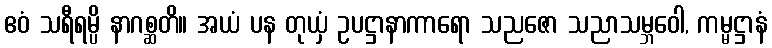
ဧဝံ သရီရမ္ပိ နာဂစ္ဆတိ။ အယံ ပန တုယှံ ဥပဋ္ဌာနာကာရော သညဇော သညာသမ္ဘဝေါ, ကမ္မဋ္ဌာနံ